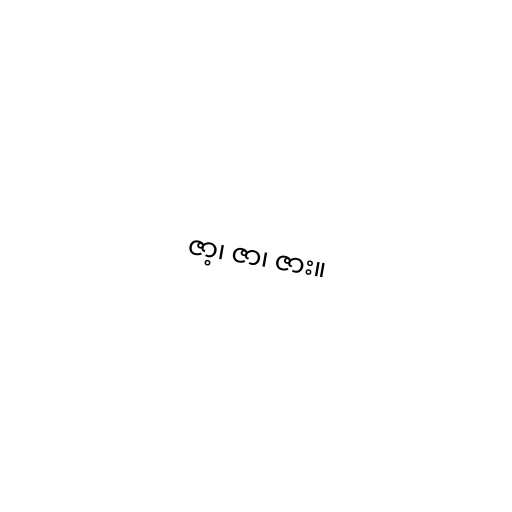
ဇာ့၊ ဇာ၊ ဇား။